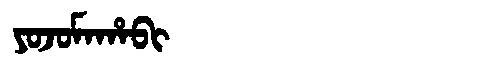
Manchu: ᠶᠣᠵᠣᠮᠠᡥᠠᠪᡳ
Romanization: YOJOMAHABI